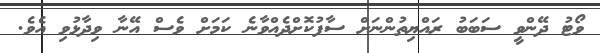
ވޯޓު ދޭންވީ ސަބަބު ރައްޔިތުންނަށް ސާފުކޮށްދެއްވާނެ ކަމަށް ވެސް އޭނާ ވިދާޅުވި އެވެ.